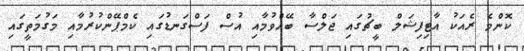
ކޮންމެ ރެއަކު އާޓިފިޝަލް ބީޗުގައި ޖަލްސާ ބޭއްވުމާއި އުސް ފަސްގަނޑުގައި ކެމްޕޭންކުރުމާއި މަގުމަތީގައި